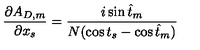
{ \frac { \partial A _ { D , m } } { \partial x _ { s } } } = { \frac { i \sin \hat { t } _ { m } } { N ( \cos t _ { s } - \cos \hat { t } _ { m } ) } }